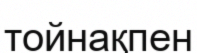
тойнақпен